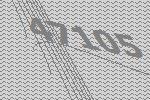
47105